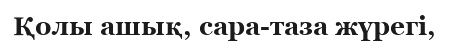
Қолы ашық, сара-таза жүрегі,